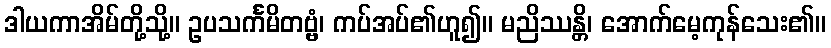
ဒါယကာအိမ်တို့သို့။ ဥပသင်္ကမိတဗ္ဗံ၊ ကပ်အပ်၏ဟူ၍။ မညိဿန္တိ၊ အောက်မေ့ကုန်သေး၏။